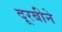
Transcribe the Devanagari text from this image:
दूरबीने